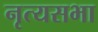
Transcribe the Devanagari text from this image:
नृत्यसभा